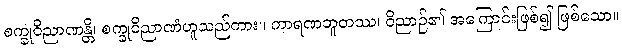
စက္ခုဝိညာဏန္တိ၊ စက္ခုဝိညာဏံဟူသည်ကား။ ကာရဏဘူတဿ၊ ဝိညာဉ်၏ အကြောင်းဖြစ်၍ ဖြစ်သော။